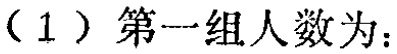
（1）第一组人数为：